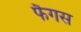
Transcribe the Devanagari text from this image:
फैगस